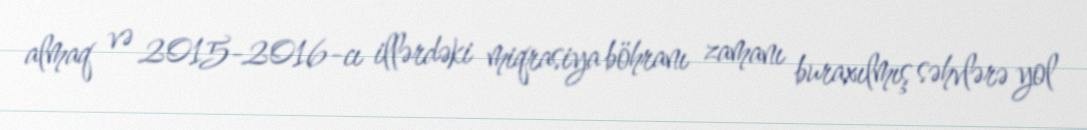
almaq və 2015-2016-cı illərdəki miqrasiya böhranı zamanı buraxılmış səhvlərə yol